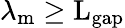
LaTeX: \lambda_{\mathrm{{m}}}\geq\mathrm{{L}_{\mathrm{{gap}}}}